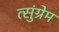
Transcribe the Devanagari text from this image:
त्सुंग्रेम